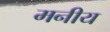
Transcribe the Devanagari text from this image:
मनीय